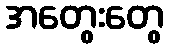
အတွေးတွေ